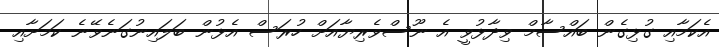
އެކަމާއި ގުޅިގެން ބައްސާމް ވިދާޅުވީ އެ ނޫސްވެރިޔާއަށް ހުރަސް އެޅުން ބަލައިނުގަނެވޭނެ ކަމަށާއި